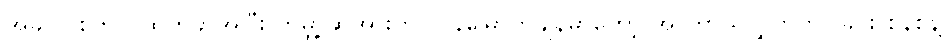
အခုလို စတင် ထွက်ခွာအပြီး ကမ္ဘာ့ဆွဲအားက လွန်မြောက်ချိန်မှာတော့ အာကာသလွှတ်တင်ခြင်း စနစ်နဲ့